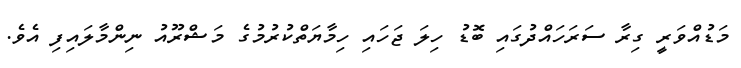
މަޑުއްވަރީ ގިރާ ސަރަހައްދުގައި ބޮޑު ހިލަ ޖަހައި ހިމާޔަތްކުރުމުގެ މަޝްރޫއު ނިންމާލައިފި އެވެ.